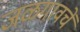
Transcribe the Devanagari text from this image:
जळगावचें